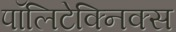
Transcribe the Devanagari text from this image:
पॉलिटेक्निक्स